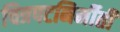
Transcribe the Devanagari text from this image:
चित्रपटनिर्मीती